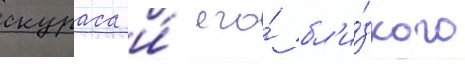
скураса и́ его́ бл'и́зкого